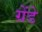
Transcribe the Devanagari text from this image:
ग्रेंडे